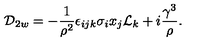
{ \cal D } _ { 2 w } = - { \frac { 1 } { { \rho } ^ { 2 } } } { \epsilon } _ { i j k } { \sigma } _ { i } x _ { j } { \cal L } _ { k } + i { \frac { { \gamma } ^ { 3 } } { \rho } } .